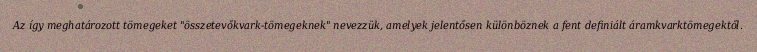
Az így meghatározott tömegeket "összetevőkvark-tömegeknek" nevezzük, amelyek jelentősen különböznek a fent definiált áramkvarktömegektől.